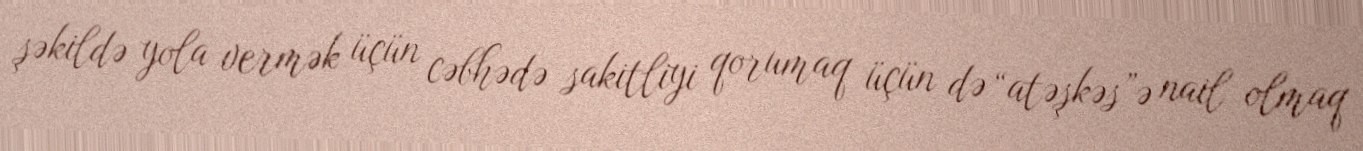
şəkildə yola vermək üçün cəbhədə sakitliyi qorumaq üçün də “atəşkəs”ə nail olmaq